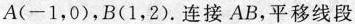
A(-1，0)，B(1，2)。连接AB，平移线段